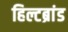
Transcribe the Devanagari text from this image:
हिल्टब्रांड